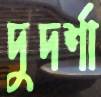
দুদর্শা